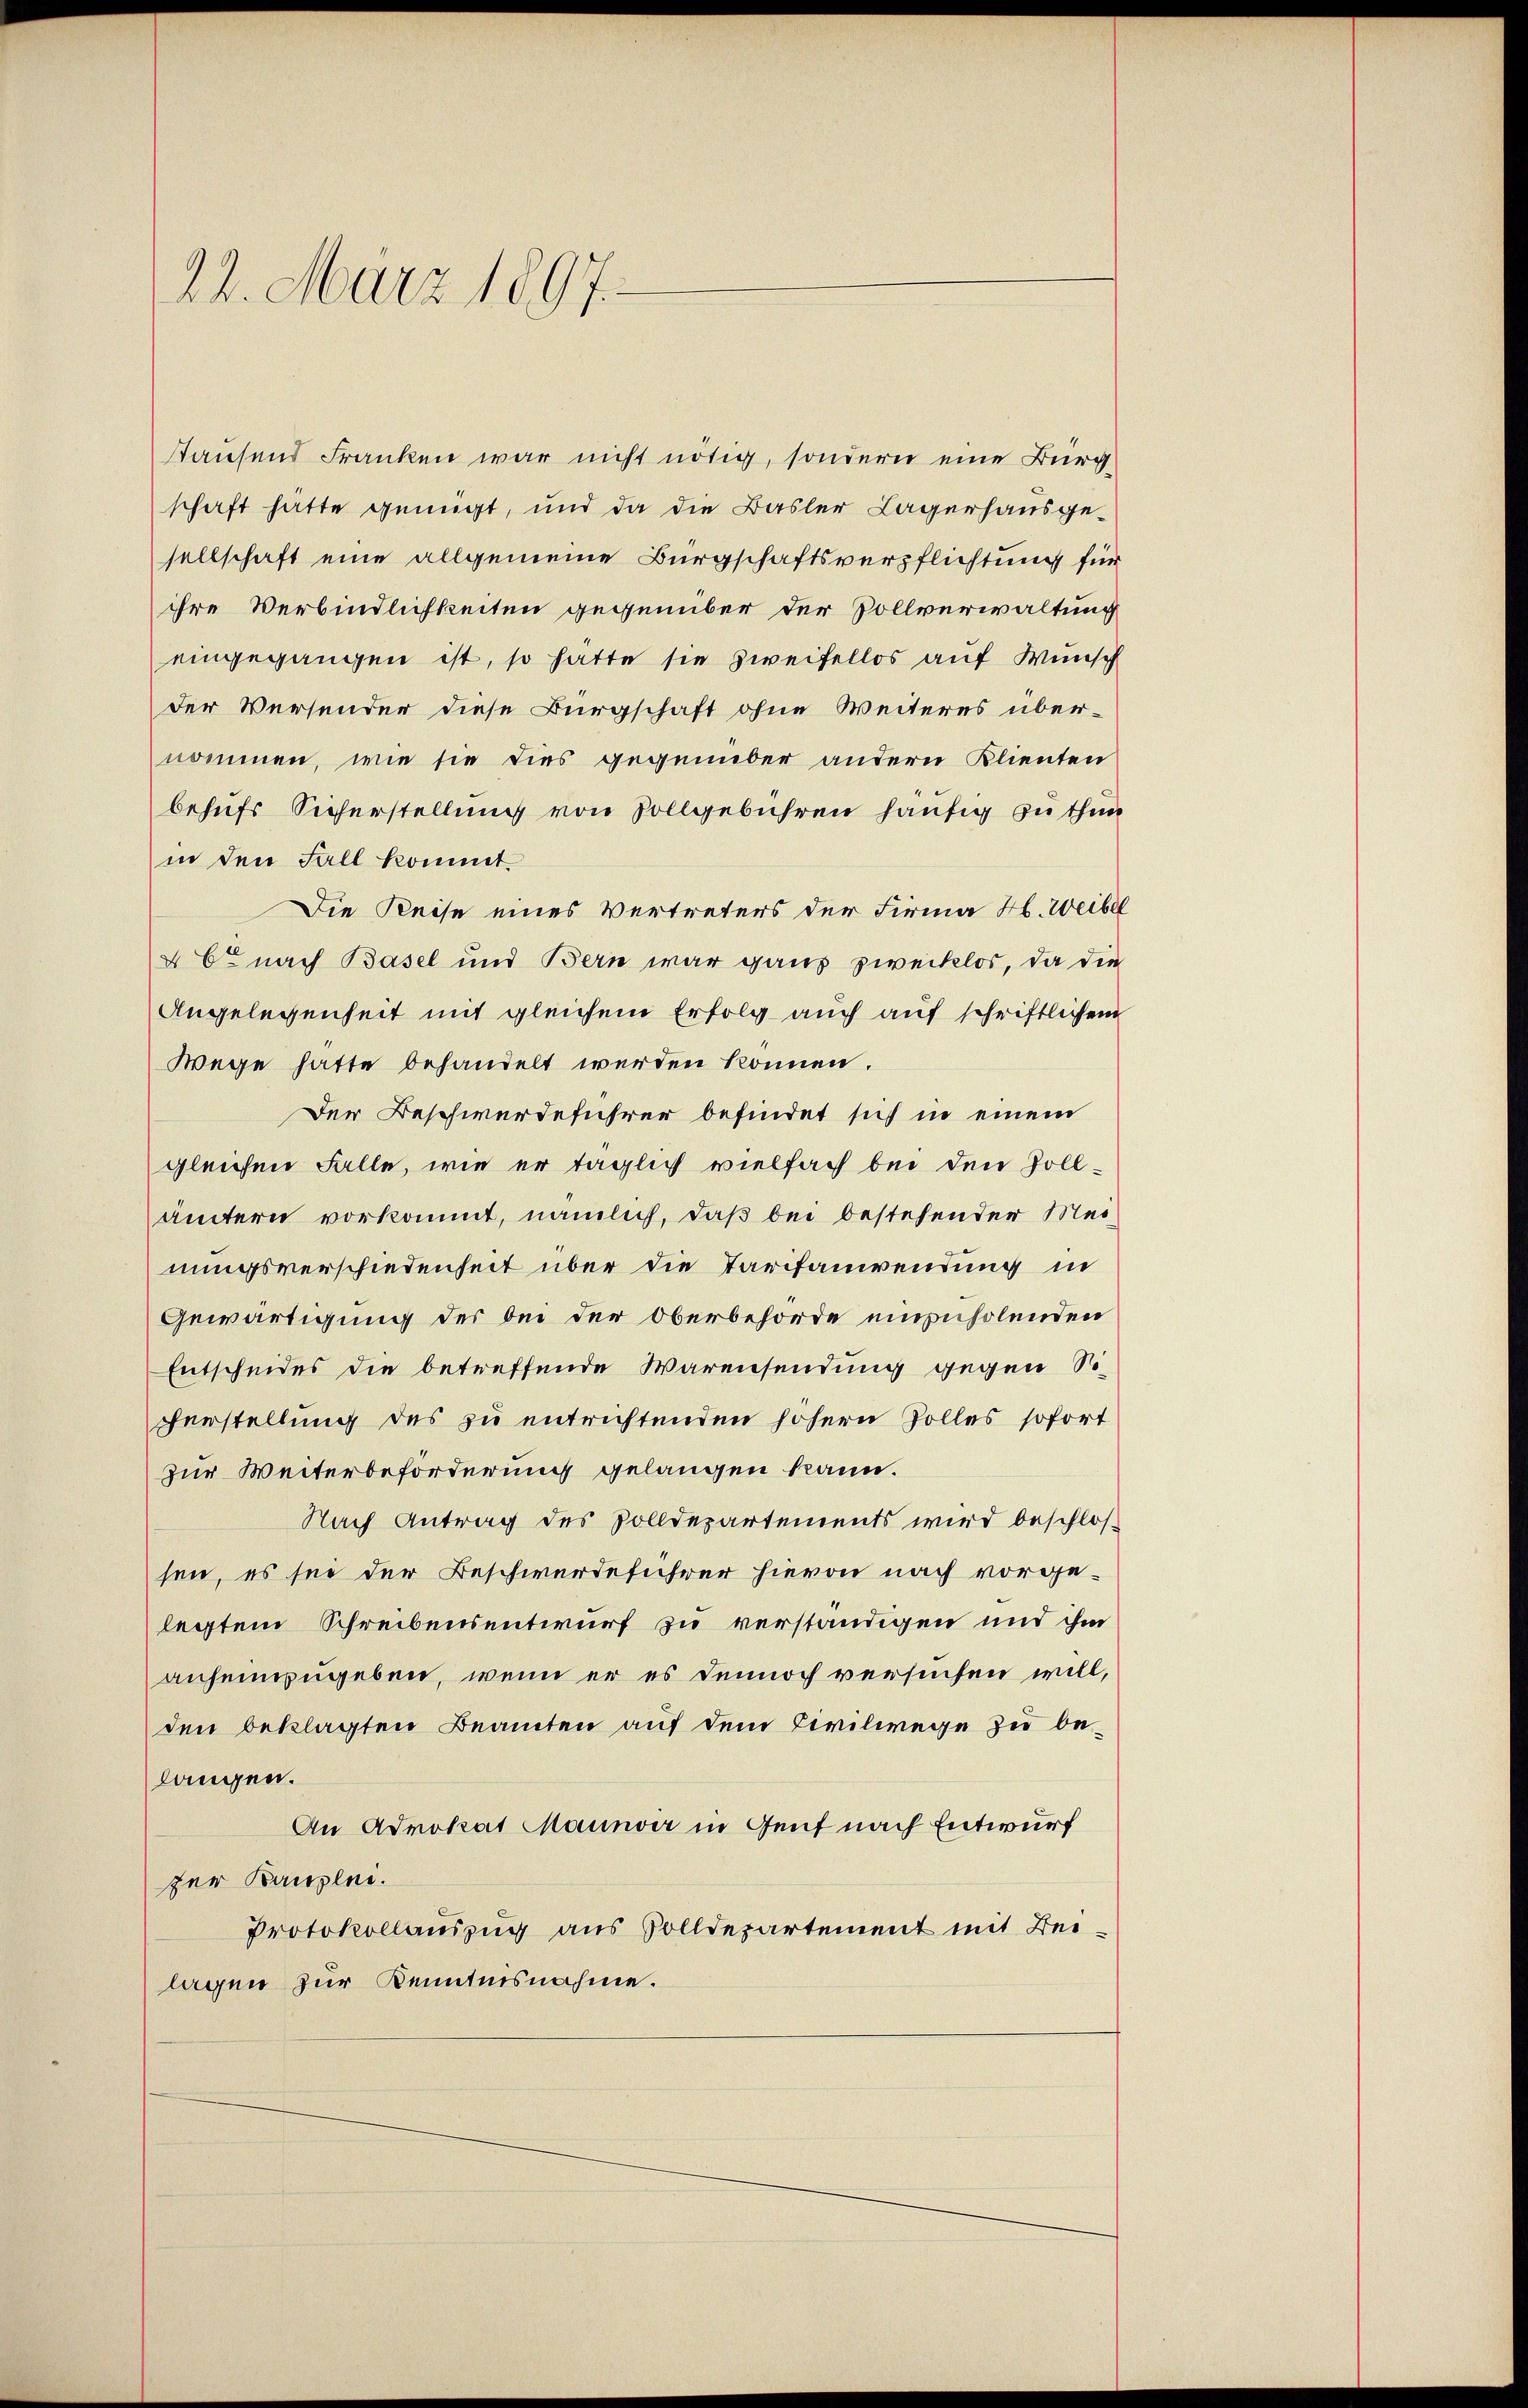
22. März 1897.

staufend Franken war nicht nötig, sondern eine Bürgschaft hätte genügt, und da die Basler Lagerhausgesellschaft eine allgemeine Bürgschaftsverpflichtung für
ihre Verbindlichkeiten gegenüber der Zollverwaltung
eingegangen ist, so hätte sie zweifellos auf Wunsch
der Versender diese Bürgschaft ohne Weiteres übernommen, wie sie dies gegenüber andern Klienten
behufs Sicherstellung von Vollgebühren häufig zu thun
in den Fall kommt.
Die Reise eines Vertreters der Firma H. Weibel
4 Er nach Basel und Bern war ganz zwecklos, da die
Angelegenheit mit gleichem Erfolg auch auf schriftlichem
Wege hatte behandelt werden können.
Der Beschwerdeführer befindet sich in einem
gleichen Falle, wie er täglich vielfach bei den Zollämtern vorkommt, nämlich, daß bei bestehender Meinungsverschiedenheit über die Tarifanwendung in
Gewärtigung des bei der Oberbehörde einzuholenden
Entscheides die betreffende Warensendung gegen Siverstellung des zu entrichtenden höhern Solles sofort
zur Weiterbeförderung gelangen kann.
Nach Antrag des Solldepartements wird beschlos-
sen, es sei der Beschwerdeführer hievon nach vorge-
legtem Schreibensentwurf zu verständigen und ihm
anheinzugeben, wenn er es dennoch versuchen will,
den beklagten Beamten auf dem Civilwege zu belangen.
An Advokat Maunvir in Gent nach Entwurf
zer Kanzlei.
Protokollauszug aus Solldepartement mit Beilagen zur Kenntnisnahme.